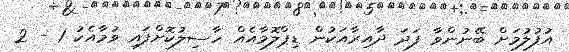
އުފުލުމަށް ބޭނުންވާ ފަދަ ދާއިރާއަކުން ޑިޕްލޮމާއެއް ހާސިލުކޮށްފައި ވުމާއެކު 1 - 2